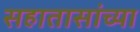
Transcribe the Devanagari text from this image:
सहातासांच्या